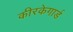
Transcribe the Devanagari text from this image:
कीरकेगार्ड